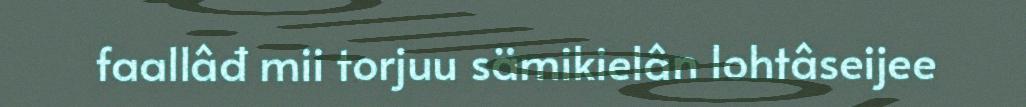
faallâđ mii torjuu sämikielân lohtâseijee